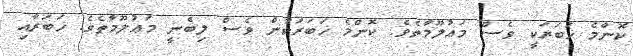
ކޮންމެ ޚަބަރަކީ ވެސް މަޢުލޫމާތެވެ. ކޮންމެ ޚަބަރަކުން ވެސް ލިބެނީ މަޢުލޫމާތެވެ. ޚަބަރާއި